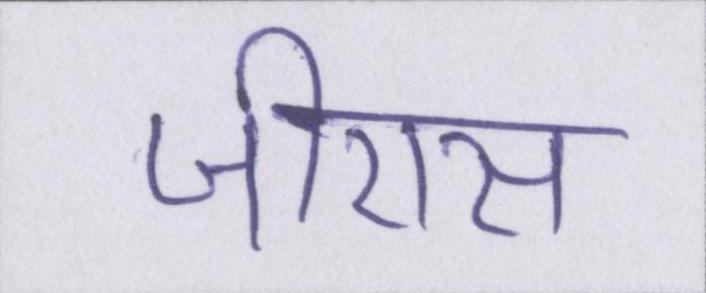
जीएस